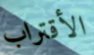
الأقتراب